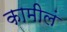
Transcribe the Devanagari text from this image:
कामीलं